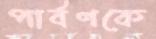
পার্বণকে